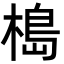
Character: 槝